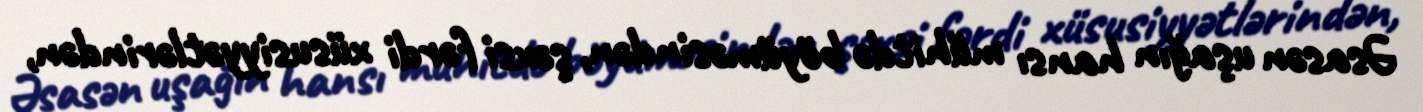
Əsasən uşağın hansı mühitdə böyüməsindən, şəxsi fərdi xüsusiyyətlərindən,